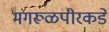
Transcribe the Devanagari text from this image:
मंगरूळपीरकडे